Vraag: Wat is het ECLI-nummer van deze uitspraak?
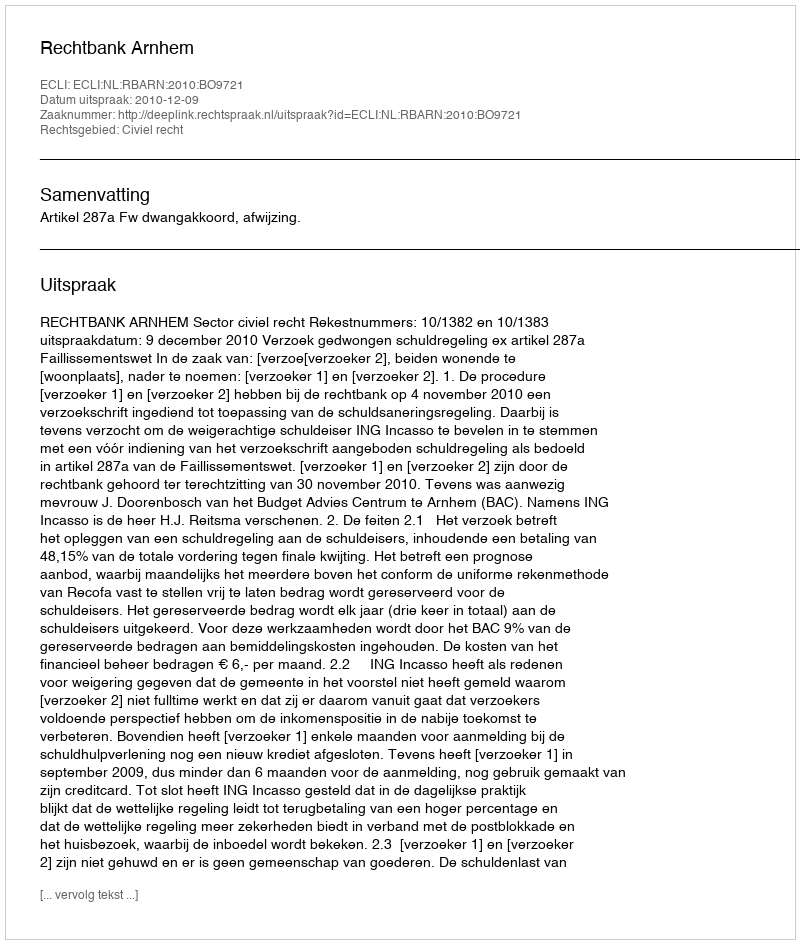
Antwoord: ECLI:NL:RBARN:2010:BO9721